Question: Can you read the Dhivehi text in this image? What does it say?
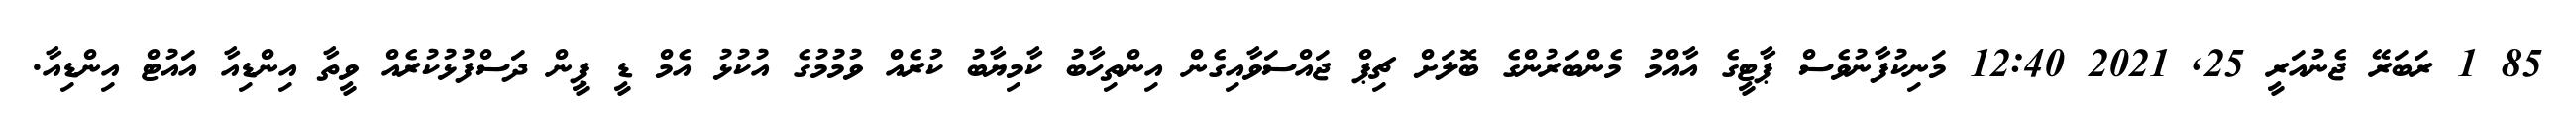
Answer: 85 1 ރަބަރޭ ޖެނުއަރީ 25, 2021 12:40 މަނިކުފާނުވެސް ޕާޓީގެ އާއްމު މެންބަރުންގެ ބޮލަށް ޗިޕް ޖައްސަވާއިގެން އިންތިހާބު ކާމިޔާބު ކުރެއް ވުމުމުގެ އުކުޅު އެމް ޑީ ޕީން ދަސްފުޅުކުރެއް ވީތާ އިންޑިއާ އައުޓް އިންޑިއާ.